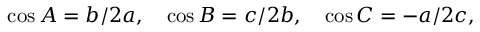
\cos A = b / 2 a , \quad \cos B = c / 2 b , \quad \cos C = - a / 2 c ,